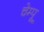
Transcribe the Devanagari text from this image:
चेम्पू